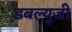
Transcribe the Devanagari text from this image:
डबल्यूजी